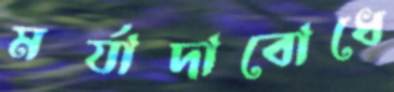
মর্যাদাবোধে